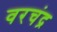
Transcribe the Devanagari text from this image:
वरचंद्र